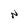
Character: N